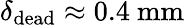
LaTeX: \delta_{\mathrm{dead}}\approx 0.4~\mathrm{mm}